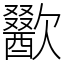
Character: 歠